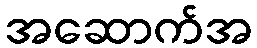
အဆောက်အ